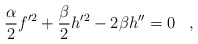
\begin{align*} {\alpha\over 2} f'^2 + {\beta\over 2}h'^2 -2\beta h''=0\;\;\;,\end{align*}